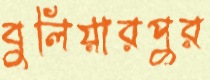
বুলিয়ারপুর